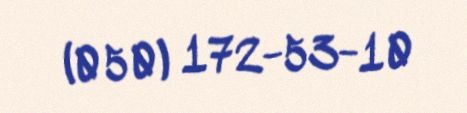
(050) 172-53-10